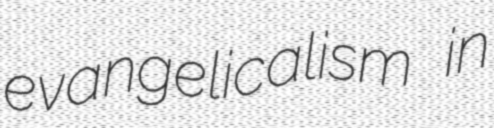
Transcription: evangelicalism in